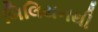
બિલિયનથી